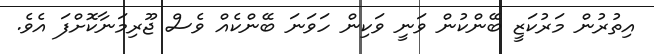
އިތުރުން މަރުކަޒީ ބޭންކުން ވަނީ ވަކިން ހަވަނަ ބޭންކެއް ވެސް ޖޫރިމަނާކޮށްފަ އެވެ.